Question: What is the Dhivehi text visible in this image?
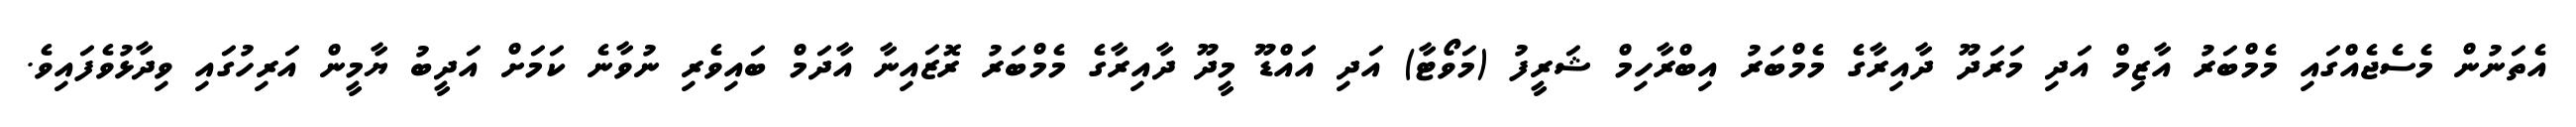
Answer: އެތަނުން މެސެޖެއްގައި މެމްބަރު އާޒިމް އަދި މަރަދޫ ދާއިރާގެ މެމްބަރު އިބްރާހިމް ޝަރީފު (މަވޯޓާ) އަދި އަައްޑޫ މީދޫ ދާއިރާގެ މެމްބަރު ރޮޒައިނާ އާދަމް ބައިވެރި ނުވާނެ ކަމަށް އަދީބު ޔާމީން އަރިހުގައި ވިދާޅުވެފައިވެ.